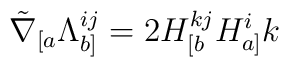
\tilde{\nabla}_{[a} \Lambda_{b]}^{ij} = 2H_{[b}^{kj} H_{a]}^{i}{k}